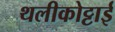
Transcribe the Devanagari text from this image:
थलीकोट्टाई